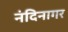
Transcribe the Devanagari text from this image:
नंदिनागर